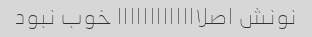
نونش اصلااااااااااااا خوب نبود